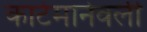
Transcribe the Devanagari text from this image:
काटेमानेवली